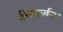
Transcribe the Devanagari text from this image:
वीरगर्जन